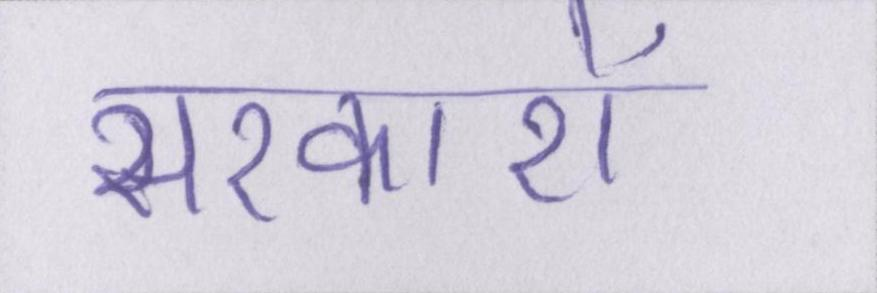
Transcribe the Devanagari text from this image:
सरकारों